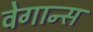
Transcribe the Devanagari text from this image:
वेगान्स